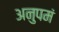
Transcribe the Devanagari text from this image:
अनुपमं